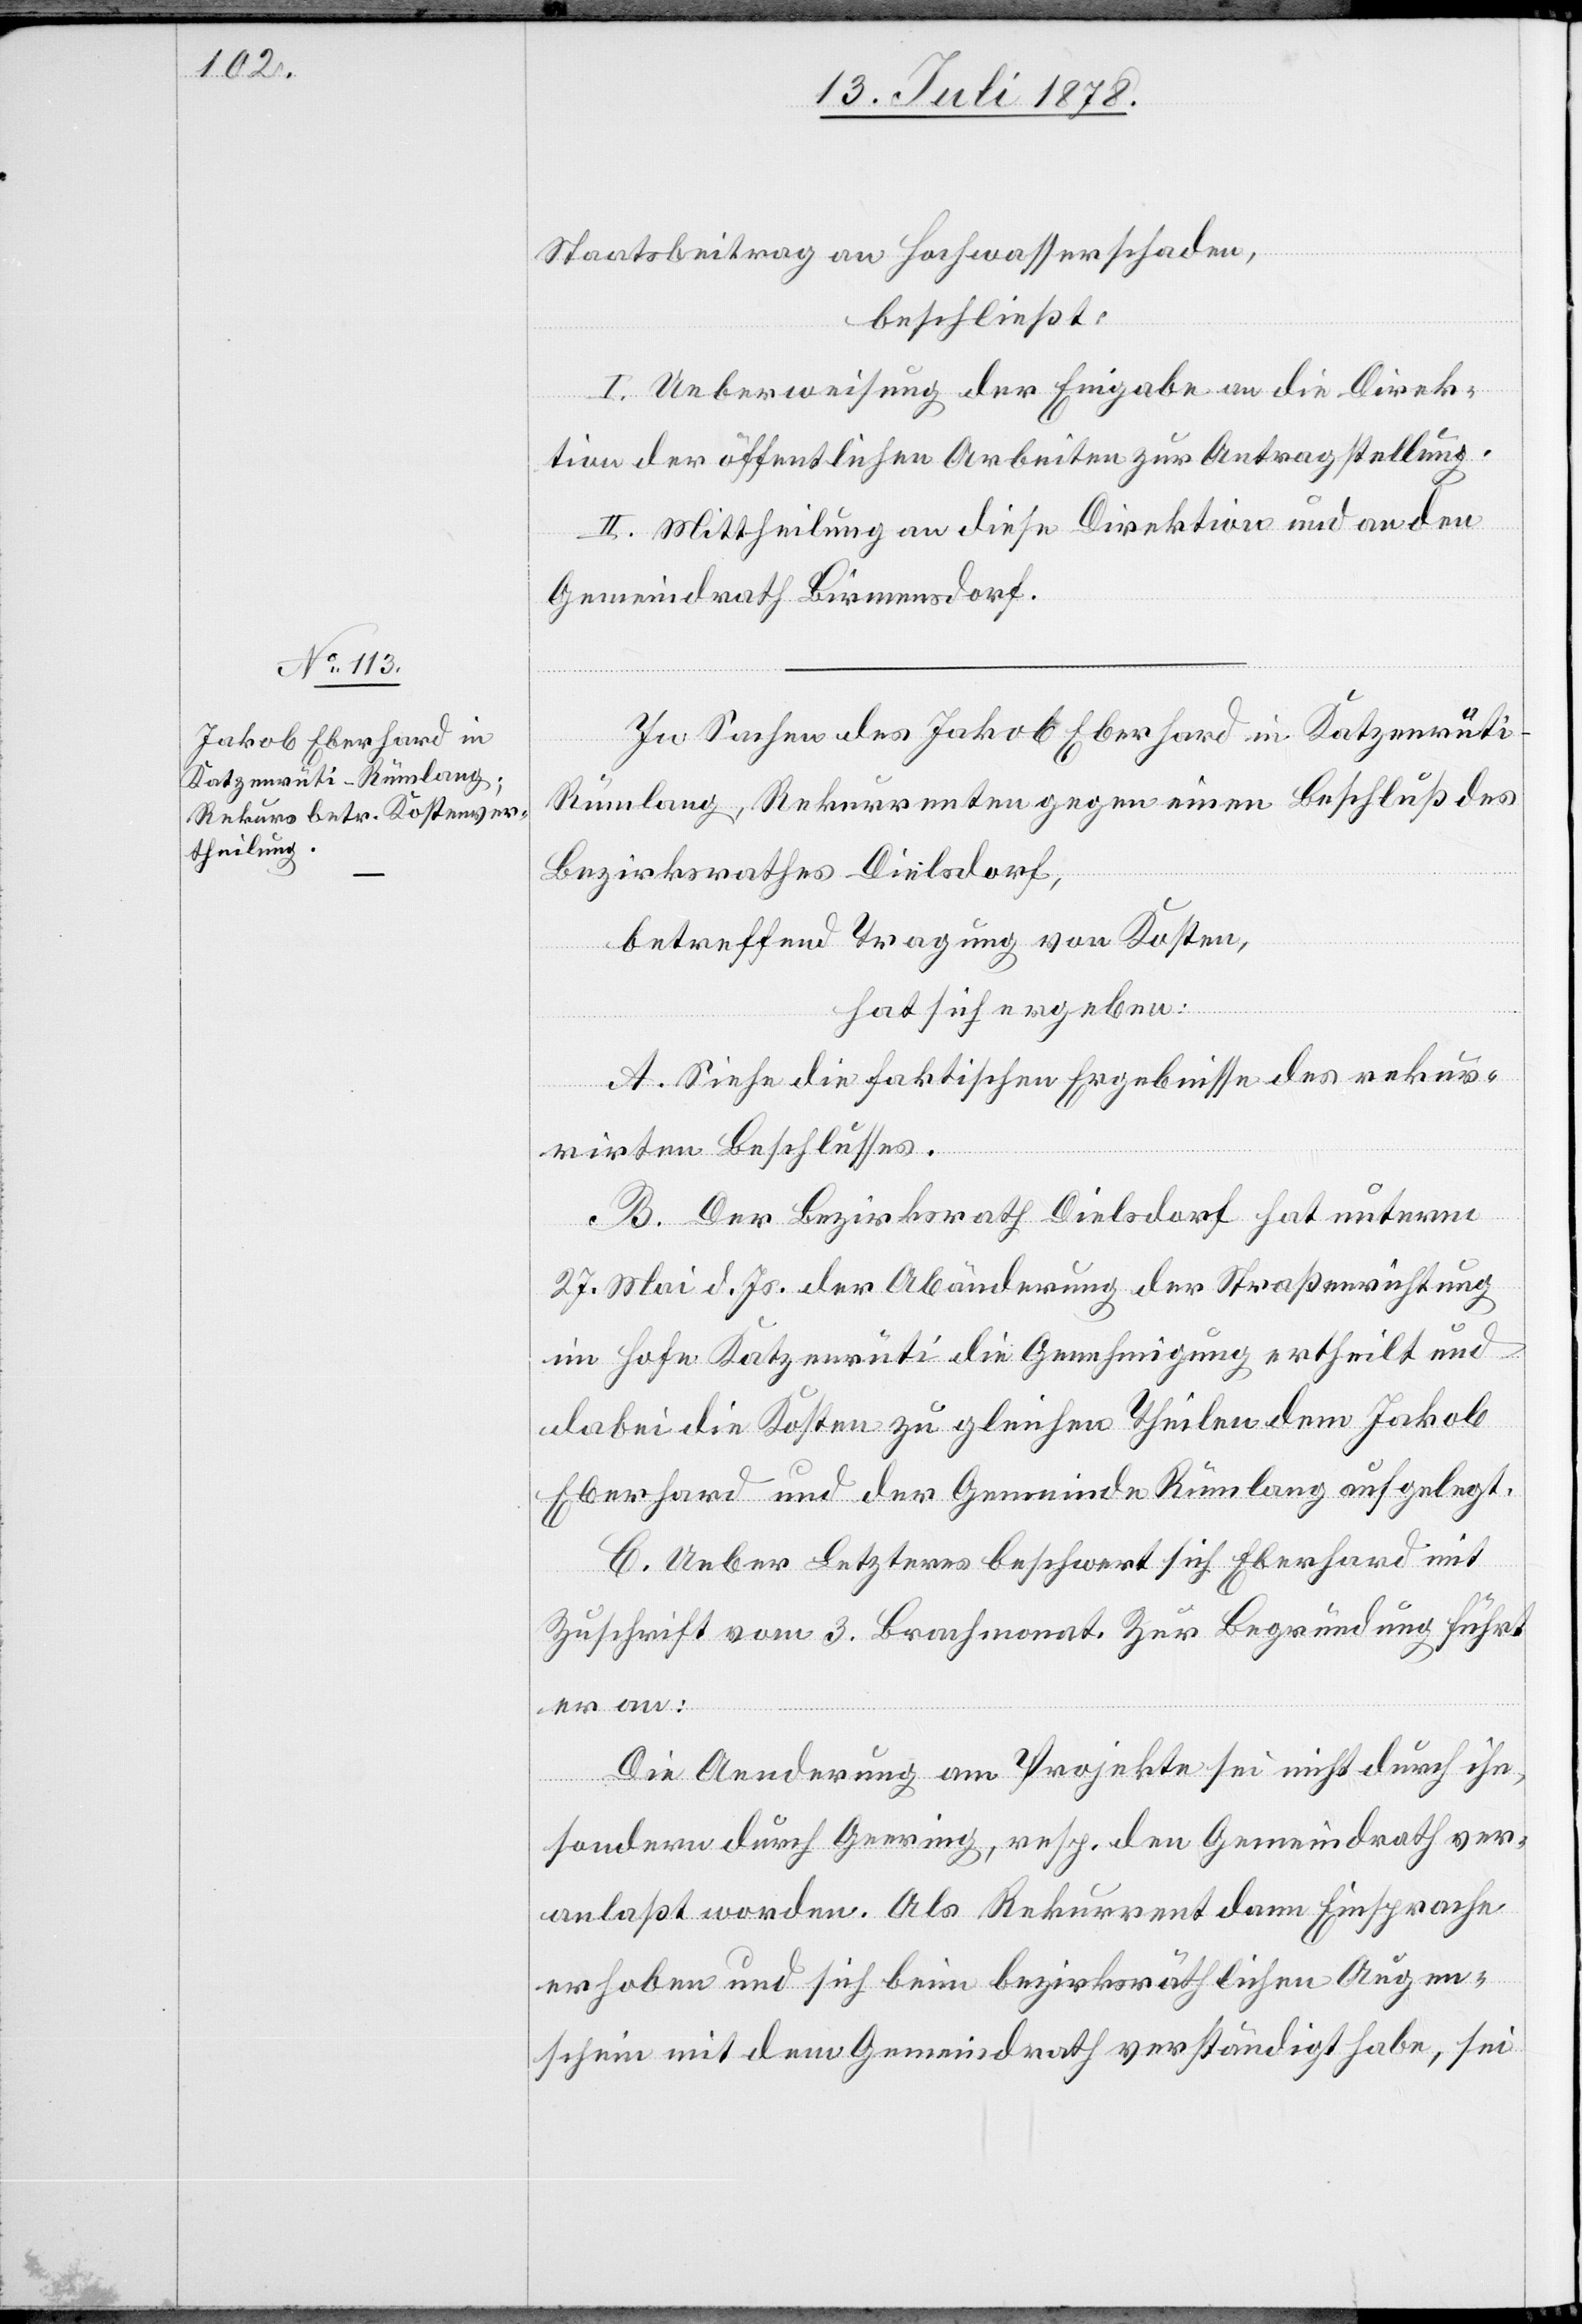
Staatsbeitrag an Hochwasserschaden,
beschließt:
I. Ueberweisung der Eingabe an die Direk¬
tion der öffentlichen Arbeiten zur Antragstellung.
II. Mittheilung an diese Direktion und an den
Gemeindrath Birmensdorf.
In Sachen des Jakob Eberhard in Katzenrüti
Rümlang, Rekurrenten gegen einen Beschluß des
Bezirksrathes Dielsdorf,
betreffend Tragung von Kosten,
hat sich ergeben:
A. Siehe die faktischen Ergebnisse des rekur¬
rirten Beschlusses.
B. Der Bezirksrath Dielsdorf hat unterm
27. Mai d. Js. der Abänderung der Straßenrichtung
im Hofe Katzenrüti die Genehmigung ertheilt und
dabei die Kosten zu gleichen Theilen dem Jakob
Eberhard und der Gemeinde Rümlang aufgelegt.
C. Ueber Letzteres beschwert sich Eberhard mit
Zuschrift vom 3. Brachmonat. Zur Begründung führt
er an:
Die Aenderung am Projekte sei nicht durch ihn,
sondern durch Geering, resp. den Gemeindrath ver¬
anlaßt worden. Als Rekurrent dann Einsprache
erhoben und sich beim bezirksräthlichen Augen¬
schein mit dem Gemeindrath verständigt habe, sei